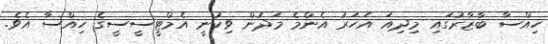
ހިއްސާ ބާޒާރުގައި މިދިއަ އަހަރު އެންމެ މަދުން ވިކުނީ އެމްޓީސީސީގެ ހިއްސާ އެވެ.